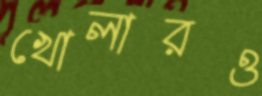
খোলারও